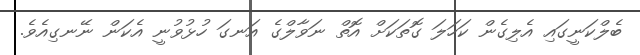
ބެލްކަނީގައި އެލިގެން ކަހަލަ ގޮތަކަށް އޮތް ނަވާލްގެ އަނގަ ހުޅުވުނީ އެކަން ނޭނގިއެވެ.